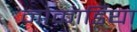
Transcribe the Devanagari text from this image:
नोकार्डिया